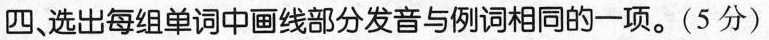
四、选出每组单词中画线部分发音与例词相同的一项.(5 分)